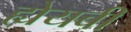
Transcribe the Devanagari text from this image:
ह्येयबी